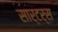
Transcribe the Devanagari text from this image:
सार्टर्स